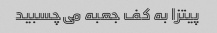
پیتزا به کف جعبه می‌چسبید